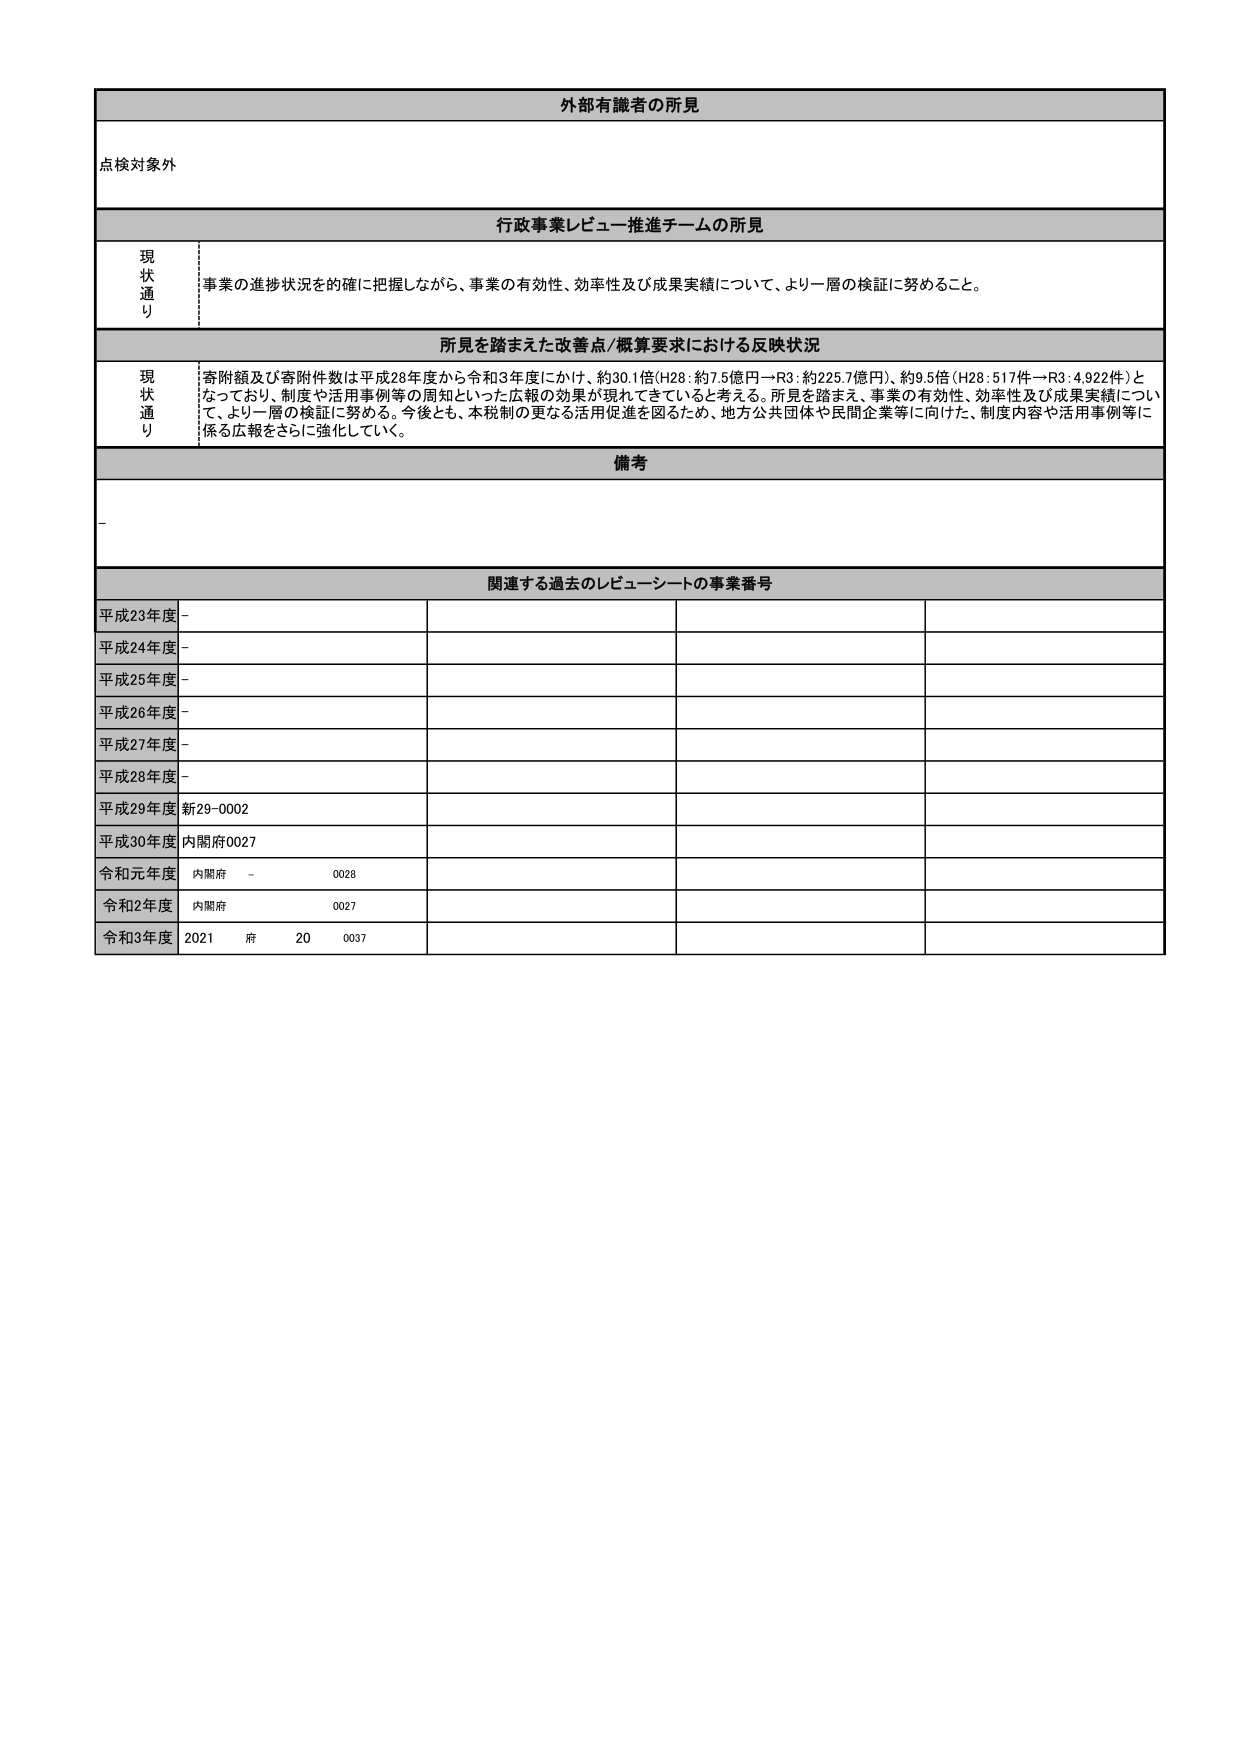
外部有識者の所見

点検対象外

行政事業レビュー推進チームの所見

現状通り
事業の進捗状況を的確に把握しながら、事業の有効性、効率性及び成果実績について、より一層の検証に努めること。

所見を踏まえた改善点/概算要求における反映状況

現状通り
寄附額及び寄附件数は平成28年度から令和3年度にかけ、約30.1倍（H28：約7.5億円→R3：約225.7億円）、約9.5倍（H28：517件→R3：4,922件）となっており、制度や活用事例等の周知といった広報の効果が現れてきていると考える。所見を踏まえ、事業の有効性、効率性及び成果実績について、より一層の検証に努める。今後とも、本税制の更なる活用促進を図るため、地方公共団体や民間企業等に向けた、制度内容や活用事例等に係る広報をさらに強化していく。

備考
-

関連する過去のレビューシートの事業番号

平成23年度 -
平成24年度 -
平成25年度 -
平成26年度 -
平成27年度 -
平成28年度 -
平成29年度 新29-0002
平成30年度 内閣府0027
令和元年度 内閣府 - 0028
令和2年度 内閣府 0027
令和3年度 2021 府 20 0037